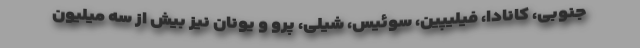
جنوبی، کانادا، فیلیپین، سوئیس، شیلی، پرو و یونان نیز بیش از سه میلیون